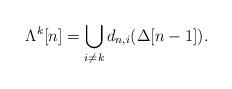
LaTeX: \begin{align*}\Lambda^k[n] = \bigcup_{i\neq k} d_{n,i}(\Delta[n-1]).\end{align*}